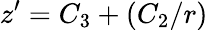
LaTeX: z^{\prime}=C_{3}+(C_{2}/r)